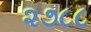
૨૭૮૮